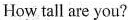
How tall are you?